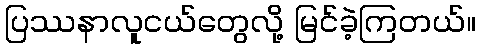
ပြဿနာလူငယ်တွေလို့ မြင်ခဲ့ကြတယ်။